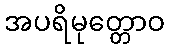
အပရိမုတ္တောဝ